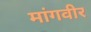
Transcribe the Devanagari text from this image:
मांगवीर